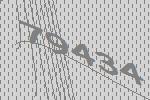
79434